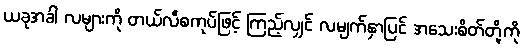
ယခုအခါ လများကို တယ်လီစကုပ်ဖြင့် ကြည့်လျှင် လမျက်နှာပြင် အသေးစိတ်တို့ကို